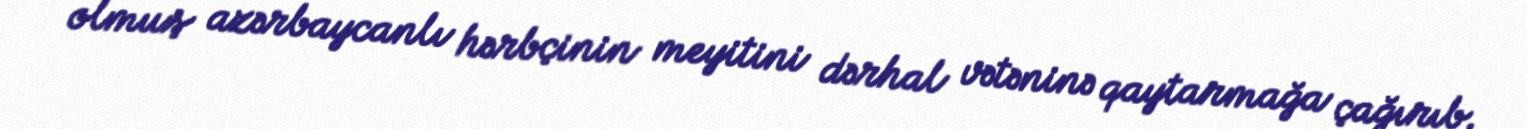
olmuş azərbaycanlı hərbçinin meyitini dərhal vətəninə qaytarmağa çağırıb.